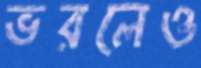
ভরলেও